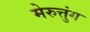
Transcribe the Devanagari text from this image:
मेरुत्तुंग